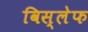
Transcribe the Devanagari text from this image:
विस्लेफ